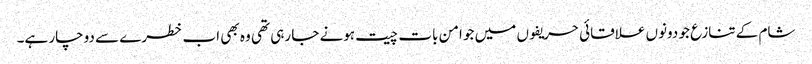
شام کے تنازع جو دونوں علاقائی حریفوں میں جو امن بات چیت ہونے جا رہی تھی وہ بھی اب خطرے سے دوچار ہے۔